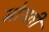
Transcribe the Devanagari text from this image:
मोसवी